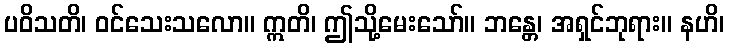
ပဝိသတိ၊ ဝင်သေးသလော။ ဣတိ၊ ဤသို့မေးသော်။ ဘန္တေ၊ အရှင်ဘုရား။ နဟိ၊